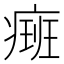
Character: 㿀